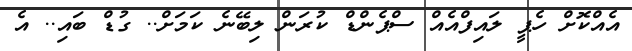
އެއްކޮށް ހެޕީ ލައިފްއެއް ސްޕެންޑް ކުރަން ލިބޭނެ ކަމަށް.. ގުޑް ބައި.. އެ